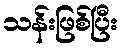
သန်းဖြစ်ပြီး